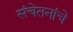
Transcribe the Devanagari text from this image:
संचेतनांचे